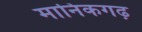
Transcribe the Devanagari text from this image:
मानिकगढ़